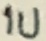
Text: 1u